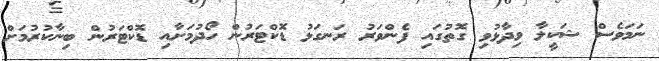
ނަމަވެސް ޝަކީލާ ވިދާޅުވި ގޮތުގައި ފެންވަރު ރަނގަޅު ޑޮކްޓަރުން ހޯދުމަށާއި ޑޮކްޓަރުން ބިނާކުރުމަށް